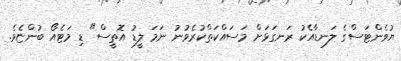
ޔުވެންޓަސްގެ ލަނޑާއެކު ރަނގަޅަށް މަސައްކަތްކުރެވުނު ނަމަ ލީޑު އޮތީސް" ޑި މަޓެއޯ ބުންޏެވެ.